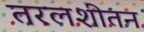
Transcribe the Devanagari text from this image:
तरलशीतन